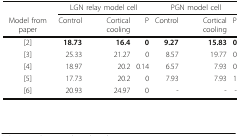
<table><thead><tr><td></td><td colspan="3"><b>LGN relay model cell</b></td><td colspan="3"><b>PGN model cell</b></td></tr><tr><td><b>Model from paper</b></td><td><b>Control</b></td><td><b>Cortical cooling</b></td><td><b>P</b></td><td><b>Control</b></td><td><b>Cortical cooling</b></td><td><b>P</b></td></tr></thead><tbody><tr><td>[2]</td><td><b>18.73</b></td><td><b>16.4</b></td><td><b>0</b></td><td><b>9.27</b></td><td><b>15.83</b></td><td><b>0</b></td></tr><tr><td>[3]</td><td>25.33</td><td>21.27</td><td>0</td><td>8.57</td><td>19.77</td><td>0</td></tr><tr><td>[4]</td><td>18.97</td><td>20.2</td><td>0.14</td><td>6.57</td><td>7.93</td><td>0</td></tr><tr><td>[5]</td><td>17.73</td><td>20.2</td><td>0</td><td>7.93</td><td>7.93</td><td>1</td></tr><tr><td>[6]</td><td>20.93</td><td>24.97</td><td>0</td><td>-</td><td>-</td><td>-</td></tr></tbody></table>